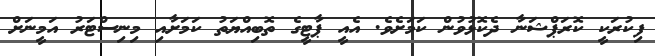
ފިކުރަކީ ކޮރަޕްޝަނާ ދެކޮޅުވުން ކަމަށެވެ. އެއީ ޕާޓީގެ ތޮބިއްޔަތު ކަމަށާއި މިނިސްޓަރު އަމީނަށް